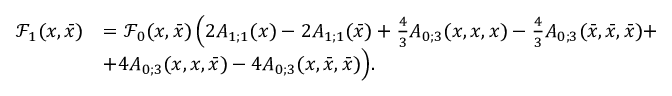
\begin{array} { r l } { { \mathcal F } _ { 1 } ( x , \bar { x } ) } & { = { \mathcal F } _ { 0 } ( x , \bar { x } ) \, \Big ( 2 A _ { 1 ; 1 } ( x ) - 2 A _ { 1 ; 1 } ( \bar { x } ) + \frac { 4 } { 3 } A _ { 0 ; 3 } ( x , x , x ) - \frac { 4 } { 3 } A _ { 0 ; 3 } ( \bar { x } , \bar { x } , \bar { x } ) + } \\ & { + 4 A _ { 0 ; 3 } ( x , x , \bar { x } ) - 4 A _ { 0 ; 3 } ( x , \bar { x } , \bar { x } ) \Big ) . } \end{array}